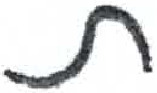
אות: ת